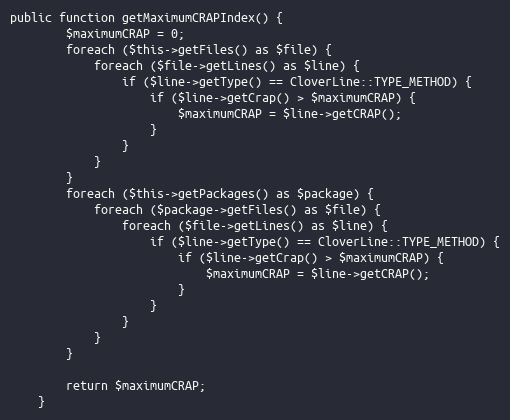
Language: PHP
public function getMaximumCRAPIndex() {
		$maximumCRAP = 0;
		foreach ($this->getFiles() as $file) {
			foreach ($file->getLines() as $line) {
				if ($line->getType() == CloverLine::TYPE_METHOD) {
					if ($line->getCrap() > $maximumCRAP) {
						$maximumCRAP = $line->getCRAP();
					}
				}
			}
		}
		foreach ($this->getPackages() as $package) {
			foreach ($package->getFiles() as $file) {
				foreach ($file->getLines() as $line) {
					if ($line->getType() == CloverLine::TYPE_METHOD) {
						if ($line->getCrap() > $maximumCRAP) {
							$maximumCRAP = $line->getCRAP();
						}
					}
				}
			}
		}

		return $maximumCRAP;
	}